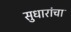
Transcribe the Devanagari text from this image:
सुधारांचा